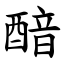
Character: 䤃